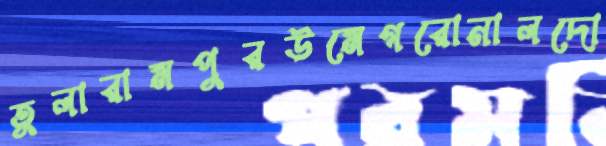
তুলারামপুরউমেগরোনালদো